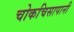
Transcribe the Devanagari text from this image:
चोकचिसापानी